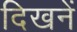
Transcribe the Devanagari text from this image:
दिखनें